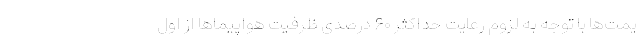
یمت‌ها با توجه به لزوم رعایت حداکثر ۶۰ درصدی ظرفیت هواپیماها از اول